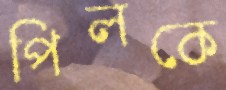
পিলকে